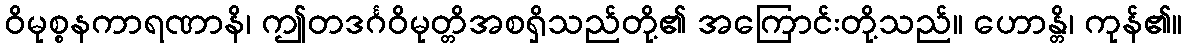
ဝိမုစ္စနကာရဏာနိ၊ ဤတဒင်္ဂဝိမုတ္တိအစရှိသည်တို့၏ အကြောင်းတို့သည်။ ဟောန္တိ၊ ကုန်၏။